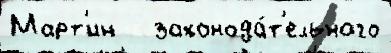
Март'ин   законода́т'ельного